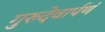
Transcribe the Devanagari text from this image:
गुरुदेवार्पणं